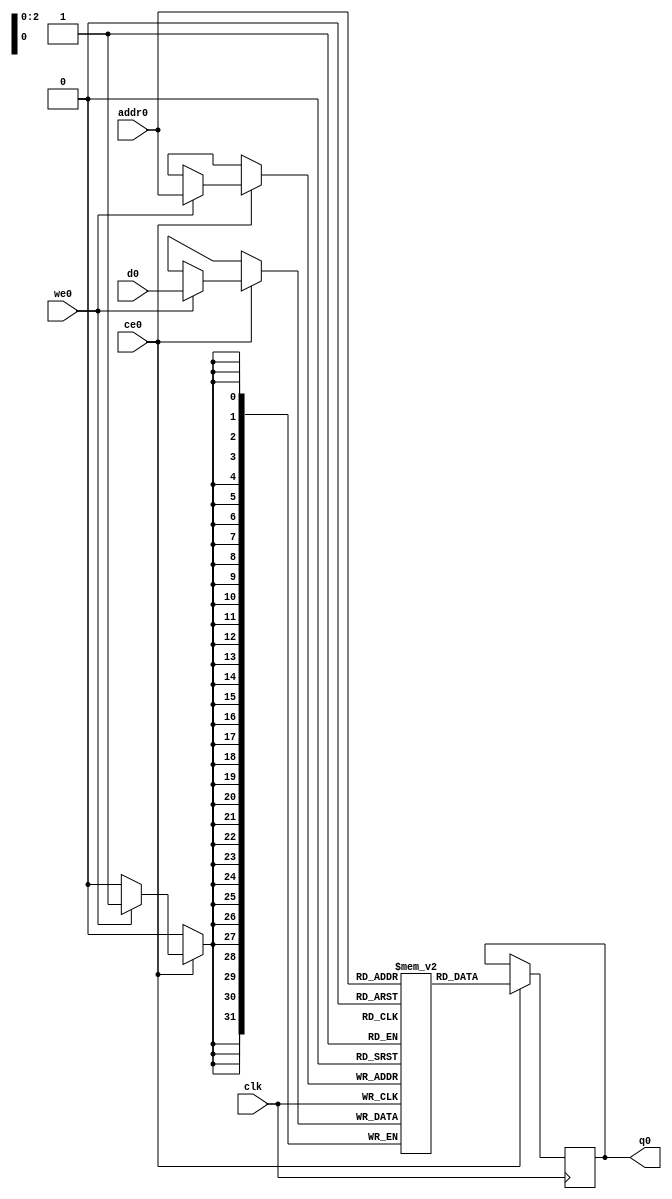
// ==============================================================
// Vivado(TM) HLS - High-Level Synthesis from C, C++ and SystemC v2019.2.1 (64-bit)
// Copyright 1986-2019 Xilinx, Inc. All Rights Reserved.
// ==============================================================
`timescale 1 ns / 1 ps
module neural_net_out1_ram (addr0, ce0, d0, we0, q0,  clk);

parameter DWIDTH = 32;
parameter AWIDTH = 3;
parameter MEM_SIZE = 6;

input[AWIDTH-1:0] addr0;
input ce0;
input[DWIDTH-1:0] d0;
input we0;
output reg[DWIDTH-1:0] q0;
input clk;

(* ram_style = "distributed" *)reg [DWIDTH-1:0] ram[0:MEM_SIZE-1];




always @(posedge clk)  
begin 
    if (ce0) begin
        if (we0) 
            ram[addr0] <= d0; 
        q0 <= ram[addr0];
    end
end


endmodule

`timescale 1 ns / 1 ps
module neural_net_out1(
    reset,
    clk,
    address0,
    ce0,
    we0,
    d0,
    q0);

parameter DataWidth = 32'd32;
parameter AddressRange = 32'd6;
parameter AddressWidth = 32'd3;
input reset;
input clk;
input[AddressWidth - 1:0] address0;
input ce0;
input we0;
input[DataWidth - 1:0] d0;
output[DataWidth - 1:0] q0;



neural_net_out1_ram neural_net_out1_ram_U(
    .clk( clk ),
    .addr0( address0 ),
    .ce0( ce0 ),
    .we0( we0 ),
    .d0( d0 ),
    .q0( q0 ));

endmodule